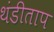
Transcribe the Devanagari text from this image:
थंडीताप